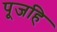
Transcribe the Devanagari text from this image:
पूजहि